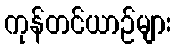
ကုန်တင်ယာဉ်များ